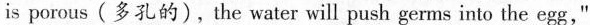
is porous (多孔的),the water will push germs into the egg,"